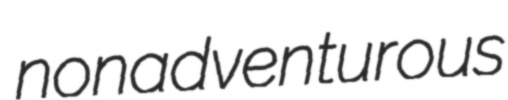
nonadventurous